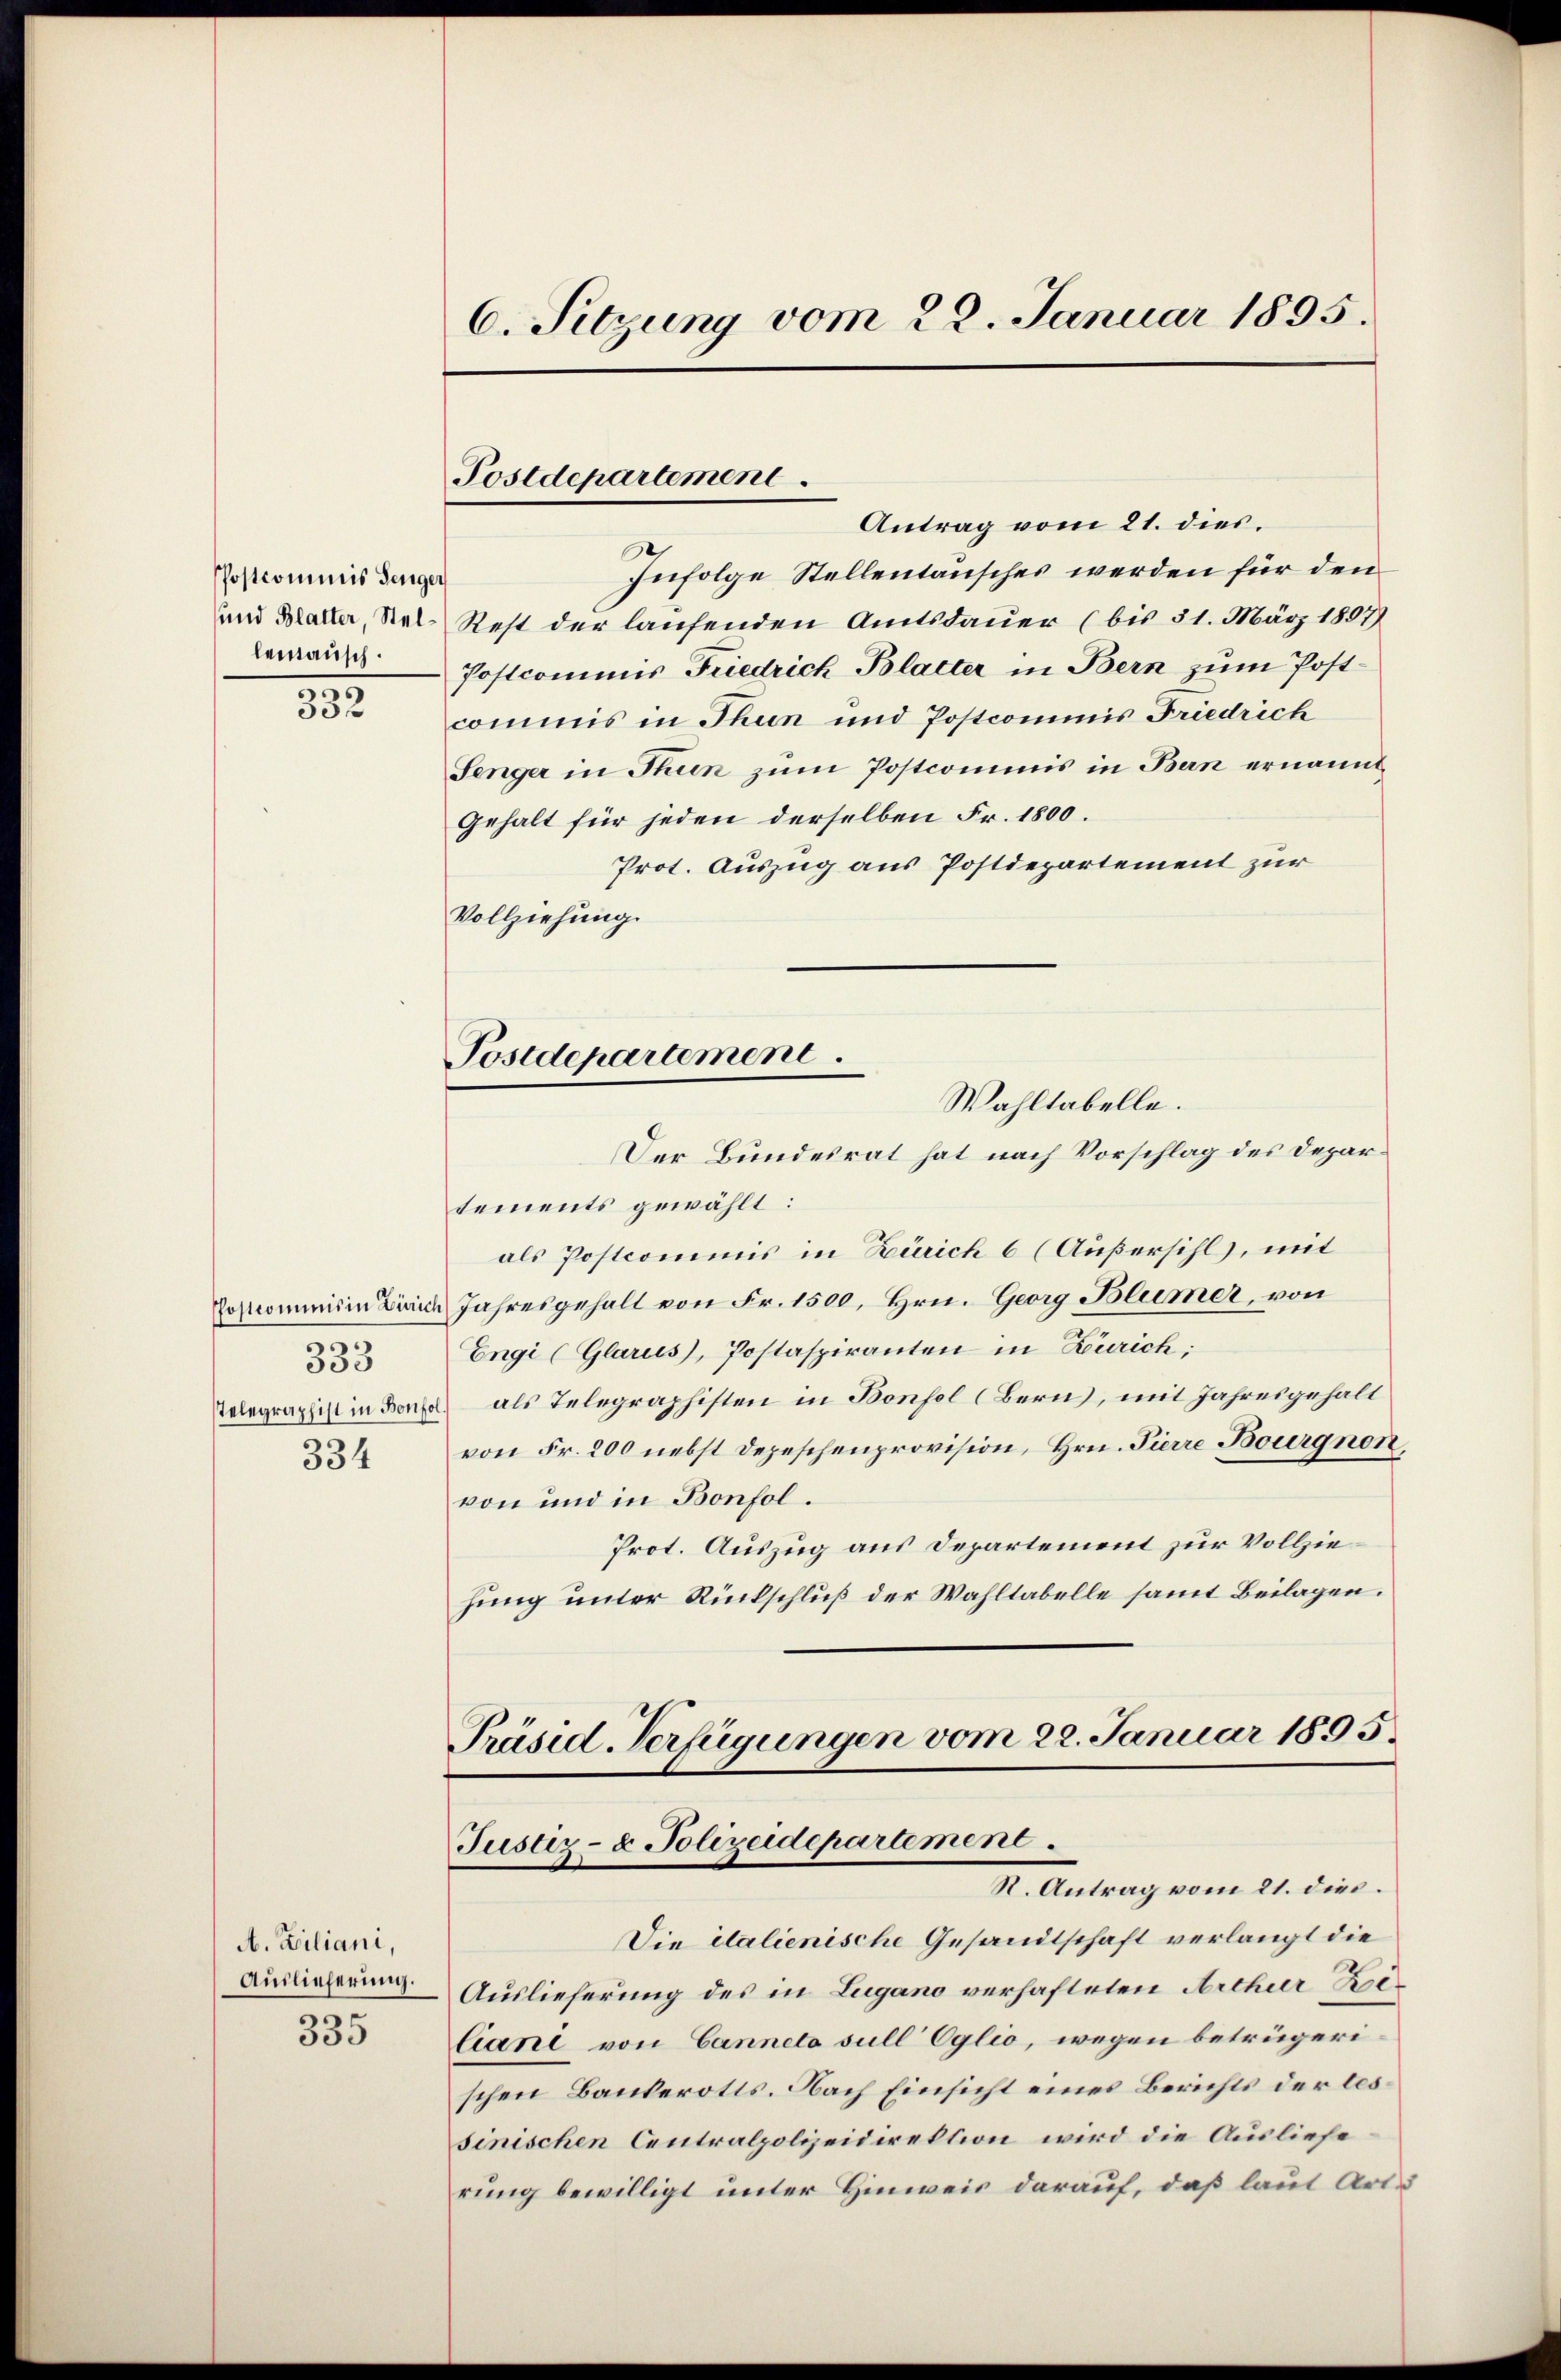
PPostcominis Denger
lemäusch.
.

332

.
333
334

A. Filiani,
Auslieferung.
5
333

6. Sitzung vom 22. Januar 1895.

Infolge Stellentäusches werden für den
und Maller, Ral-Rest der laufenden Amtsdauer (bis 31. März 1897)
Postcommis Friedrich Blatter in Bern zum Postcommis in Thun und Postcommis Friedrich
Senger in Thun zum Postcommis in Bern ernannt,
Gehalt für jeden derselben Fr. 1800.
Prot. Auszug aus Postdepartement zur
Vollziehung.
Der Bundesrat hat nach Vorschlag des Departements gewählt:
als Postcommis in Zürich 6 (Außersihl, mit
Sostrominis in Zürich Jahresgehalt von Fr. 1500, Hrn. Georg Blumer, von
Engi (Glarus, Postaspiranten in Zürich;
Telegraphist in Bona als Telegraphisten in Bonfol (Bern, mit Jahresgehalt
von Fr. 200 nebst Depeschenprovision, Hrn. Pierre Bourgnen.
von und in Bonfol.
Prot. Auszug aus Departement zur Vollziehung unter Rückschluß der Wahltabelle samt Beilagen.

Postdepartement.
Antrag vom 21. dies.

Postdepartement.
Wahltabelle.

Präsid-Verfügungen vom 22. Januar 1895.
Justiz- & Polizeidepartement
R. Antrag vom 21. dies.

Die italienische Gesandtschaft verlangt die
Auslieferung des in Lugano verhafteten Arthur Beliani von Canneto sull Eglio, wegen betrügerischen Baukerotts. Nach Einsicht eines Berichts der bessinischen Centralpolizeidirektion wird die Ausliefe
rung bewilligt unter Hinweis darauf, daß laut Art.